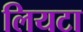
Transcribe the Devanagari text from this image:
लियटा